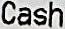
CASH